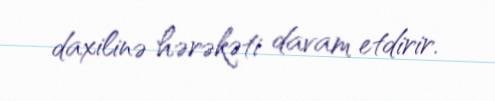
daxilinə hərəkəti davam etdirir.